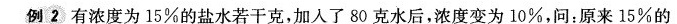
例2有浓度为15%的盐水若干克，加入了80克水后，浓度变为10%，问：原来15%的